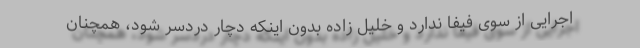
اجرایی از سوی فیفا ندارد و خلیل زاده بدون اینکه دچار دردسر شود، همچنان